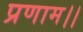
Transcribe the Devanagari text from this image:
प्रणाम।।